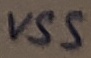
Text: VSS